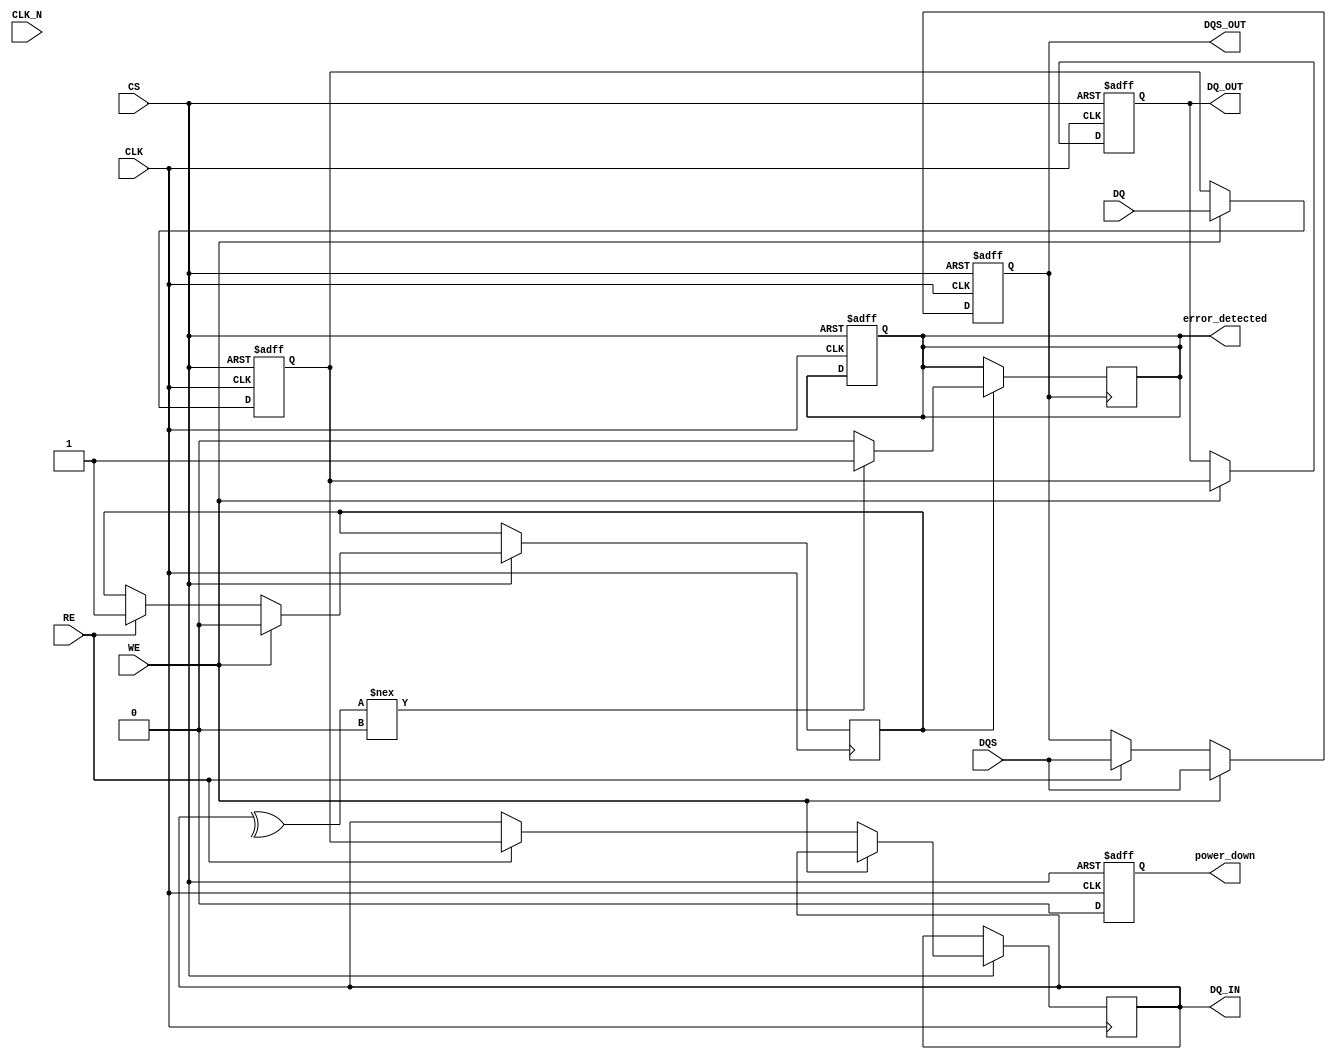
module gddr2_io_block (
    input wire [15:0] DQ,          // Data signals
    input wire CLK,                 // Differential clock input
    input wire CLK_N,               // Differential clock input (inverted)
    input wire CS,                  // Chip select
    input wire WE,                  // Write enable
    input wire RE,                  // Read enable
    input wire DQS,                 // Data strobe
    output reg [15:0] DQ_OUT,       // Output data signals
    output reg DQS_OUT,             // Output data strobe
    output reg [15:0] DQ_IN,        // Input data signals
    output reg error_detected,       // Error detection signal
    output reg power_down           // Power management signal
);

    // Internal signals
    reg [15:0] data_buffer;          // Buffer for data
    reg [15:0] data_out;             // Data output register
    reg read_mode;                   // Read/Write mode flag
    reg [3:0] drive_strength;        // Drive strength control

    // Power management control
    always @(posedge CLK or negedge CS) begin
        if (!CS) begin
            power_down <= 1'b1;      // Enter power down mode
        end else begin
            power_down <= 1'b0;      // Exit power down mode
        end
    end

    // Control logic for read/write operations
    always @(posedge CLK or negedge CS) begin
        if (!CS) begin
            // Reset logic
            data_buffer <= 16'b0;
            DQ_OUT <= 16'b0;
            DQS_OUT <= 1'b0;
            error_detected <= 1'b0;
        end else begin
            if (WE) begin
                // Write operation
                data_buffer <= DQ;       // Capture incoming data
                DQ_OUT <= data_buffer;   // Output data
                DQS_OUT <= DQS;          // Output data strobe
                read_mode <= 1'b0;       // Set to write mode
            end else if (RE) begin
                // Read operation
                DQ_IN <= data_buffer;     // Read data from buffer
                DQS_OUT <= DQS;           // Output data strobe
                read_mode <= 1'b1;        // Set to read mode
            end
        end
    end

    // Error detection logic (simple parity check for demonstration)
    always @(posedge DQS_OUT) begin
        if (read_mode) begin
            // Simple parity check for error detection
            if (^DQ_IN !== 1'b0) begin
                error_detected <= 1'b1; // Error detected
            end else begin
                error_detected <= 1'b0; // No error
            end
        end
    end

    // Drive strength control (example implementation)
    always @(posedge CLK) begin
        if (power_down) begin
            drive_strength <= 4'b0000; // Low drive strength in power down
        end else begin
            drive_strength <= 4'b1111; // High drive strength during operation
        end
    end

endmodule